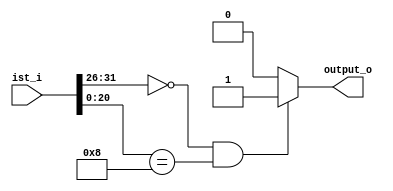
//Subject:     CO project 3 - Check_jr
//--------------------------------------------------------------------------------
//Version:     1
//--------------------------------------------------------------------------------
//Writer:      0516003
//----------------------------------------------
//Date:        
//----------------------------------------------
//Description: 
//--------------------------------------------------------------------------------


module Check_jr(
	ist_i,
	output_o);

// IO port
input [31:0]ist_i;
output output_o;

// parameter
reg out;

assign output_o=out;

always @(ist_i) begin
	if(ist_i[31:26]==6'd0 & ist_i[20:0]==21'd8)
		out=1'b1;
	else
		out=1'b0;
end

endmodule